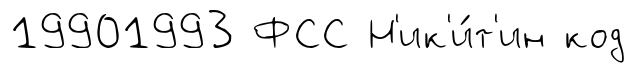
19901993 ФСС Н'ик'и́т'ин код